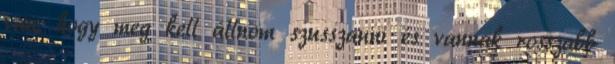
van, hogy meg kell állnom szusszanni és vannak rosszabb